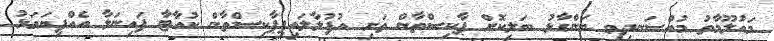
މައުލޫމާތު މުއްސަނދިވި ބަންގާޅު ބަލިކޮށް ޕާކިސްތާން ތަށި އުފުލާލައިފިޕާކިސްތާން ކުއާޓާ ފައިނަލާ އެއްފިޔަވަޅު